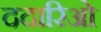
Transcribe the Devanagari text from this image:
ददारिओ